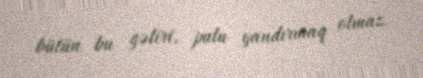
bütün bu gəliri, pulu yandırmaq olmaz.